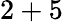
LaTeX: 2+5